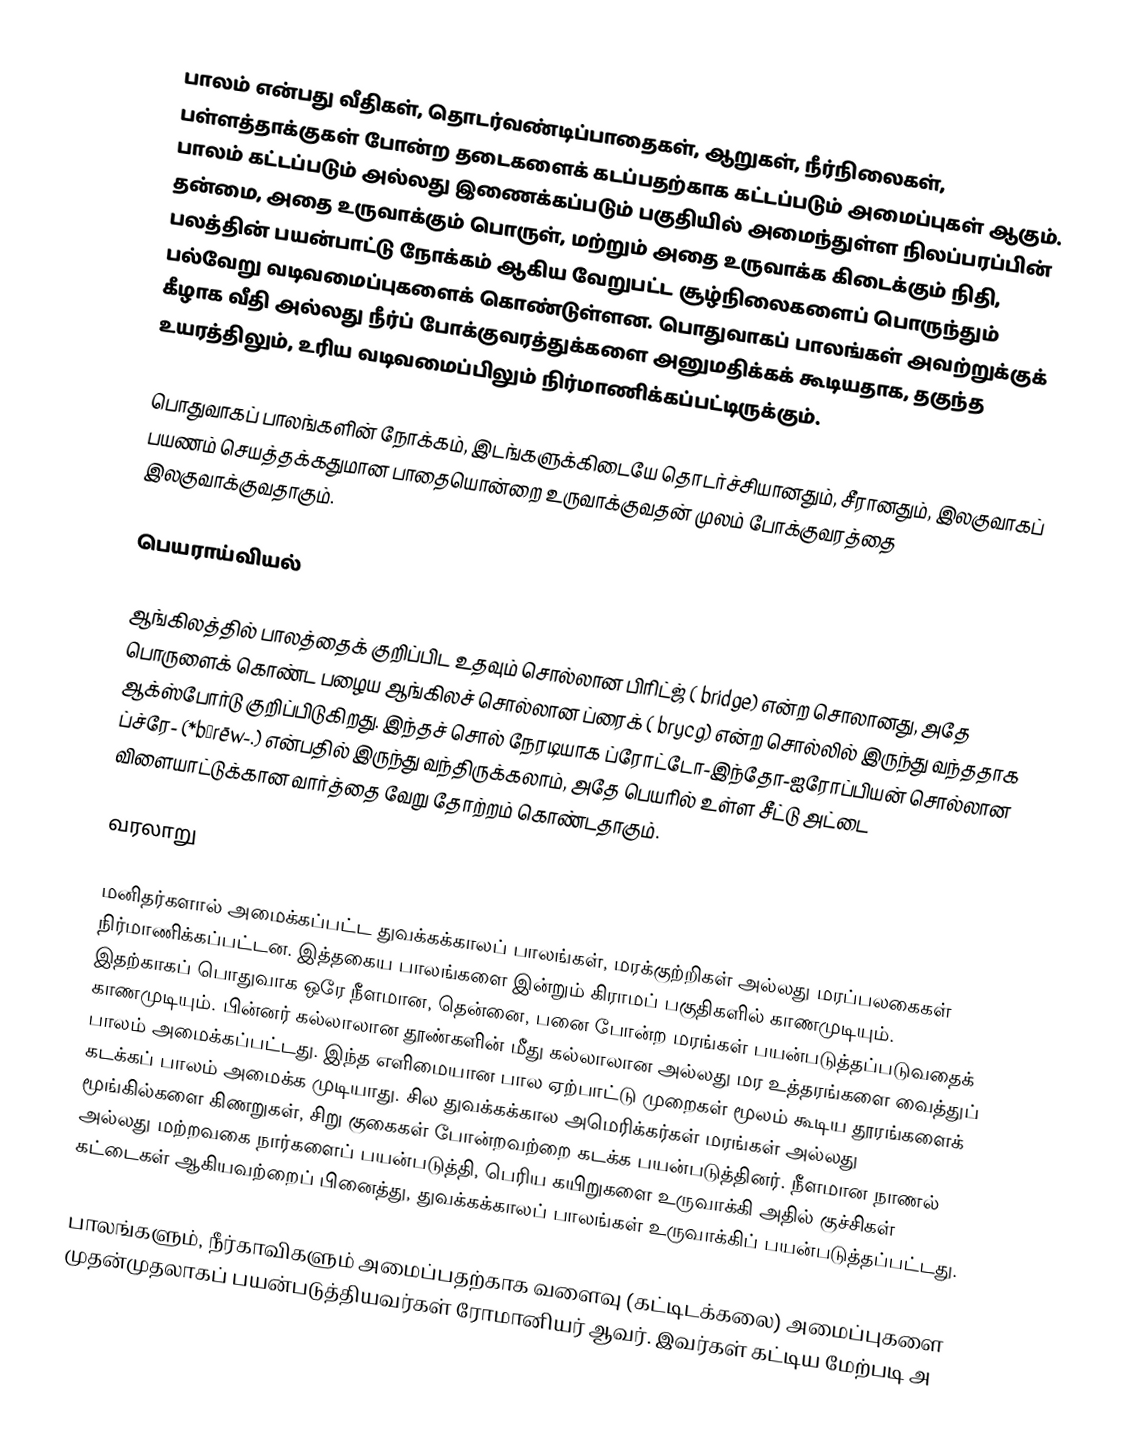
பாலம் என்பது வீதிகள், தொடர்வண்டிப்பாதைகள், ஆறுகள், நீர்நிலைகள், பள்ளத்தாக்குகள் போன்ற தடைகளைக் கடப்பதற்காக கட்டப்படும் அமைப்புகள் ஆகும். பாலம் கட்டப்படும் அல்லது இணைக்கப்படும் பகுதியில் அமைந்துள்ள நிலப்பரப்பின் தன்மை,  அதை உருவாக்கும் பொருள், மற்றும் அதை உருவாக்க கிடைக்கும் நிதி, பலத்தின் பயன்பாட்டு நோக்கம் ஆகிய வேறுபட்ட சூழ்நிலைகளைப் பொருந்தும் பல்வேறு வடிவமைப்புகளைக் கொண்டுள்ளன. பொதுவாகப் பாலங்கள் அவற்றுக்குக் கீழாக வீதி அல்லது நீர்ப் போக்குவரத்துக்களை அனுமதிக்கக் கூடியதாக, தகுந்த உயரத்திலும், உரிய வடிவமைப்பிலும் நிர்மாணிக்கப்பட்டிருக்கும்.

பொதுவாகப் பாலங்களின் நோக்கம், இடங்களுக்கிடையே தொடர்ச்சியானதும், சீரானதும், இலகுவாகப் பயணம் செயத்தக்கதுமான பாதையொன்றை உருவாக்குவதன் முலம் போக்குவரத்தை இலகுவாக்குவதாகும்.

பெயராய்வியல்

ஆங்கிலத்தில் பாலத்தைக் குறிப்பிட உதவும் சொல்லான பிரிட்ஜ் ( bridge) என்ற சொலானது, அதே பொருளைக் கொண்ட பழைய ஆங்கிலச் சொல்லான ப்ரைக் ( brycg) என்ற சொல்லில் இருந்து வந்ததாக ஆக்ஸ்போர்டு குறிப்பிடுகிறது.  இந்தச் சொல் நேரடியாக ப்ரோட்டோ-இந்தோ-ஐரோப்பியன் சொல்லான ப்ச்ரே- (*bʰrēw-.) என்பதில் இருந்து வந்திருக்கலாம், அதே பெயரில் உள்ள சீட்டு அட்டை விளையாட்டுக்கான வார்த்தை வேறு தோற்றம் கொண்டதாகும்.

வரலாறு

மனிதர்களால் அமைக்கப்பட்ட துவக்கக்காலப் பாலங்கள், மரக்குற்றிகள் அல்லது மரப்பலகைகள் நிர்மாணிக்கப்பட்டன. இத்தகைய பாலங்களை இன்றும் கிராமப் பகுதிகளில் காணமுடியும். இதற்காகப் பொதுவாக ஒரே நீளமான, தென்னை, பனை போன்ற மரங்கள் பயன்படுத்தப்படுவதைக் காணமுடியும். பின்னர் கல்லாலான தூண்களின் மீது கல்லாலான அல்லது மர உத்தரங்களை வைத்துப் பாலம் அமைக்கப்பட்டது. இந்த  எளிமையான பால ஏற்பாட்டு முறைகள் மூலம் கூடிய தூரங்களைக் கடக்கப் பாலம் அமைக்க முடியாது. சில துவக்கக்கால அமெரிக்கர்கள் மரங்கள் அல்லது மூங்கில்களை கிணறுகள், சிறு குகைகள் போன்றவற்றை கடக்க பயன்படுத்தினர். நீளமான நாணல் அல்லது மற்றவகை நார்களைப் பயன்படுத்தி,  பெரிய கயிறுகளை உருவாக்கி அதில் குச்சிகள் கட்டைகள் ஆகியவற்றைப் பினைத்து, துவக்கக்காலப் பாலங்கள் உருவாக்கிப் பயன்படுத்தப்பட்டது.

பாலங்களும், நீர்காவிகளும் அமைப்பதற்காக வளைவு (கட்டிடக்கலை) அமைப்புகளை முதன்முதலாகப் பயன்படுத்தியவர்கள் ரோமானியர் ஆவர். இவர்கள் கட்டிய மேற்படி அ